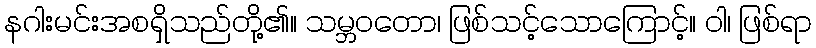
နဂါးမင်းအစရှိသည်တို့၏။ သမ္ဘဝတော၊ ဖြစ်သင့်သောကြောင့်။ ဝါ၊ ဖြစ်ရာ